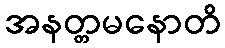
အနတ္တမနောတိ